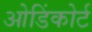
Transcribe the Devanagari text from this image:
ओडिंकोर्ट